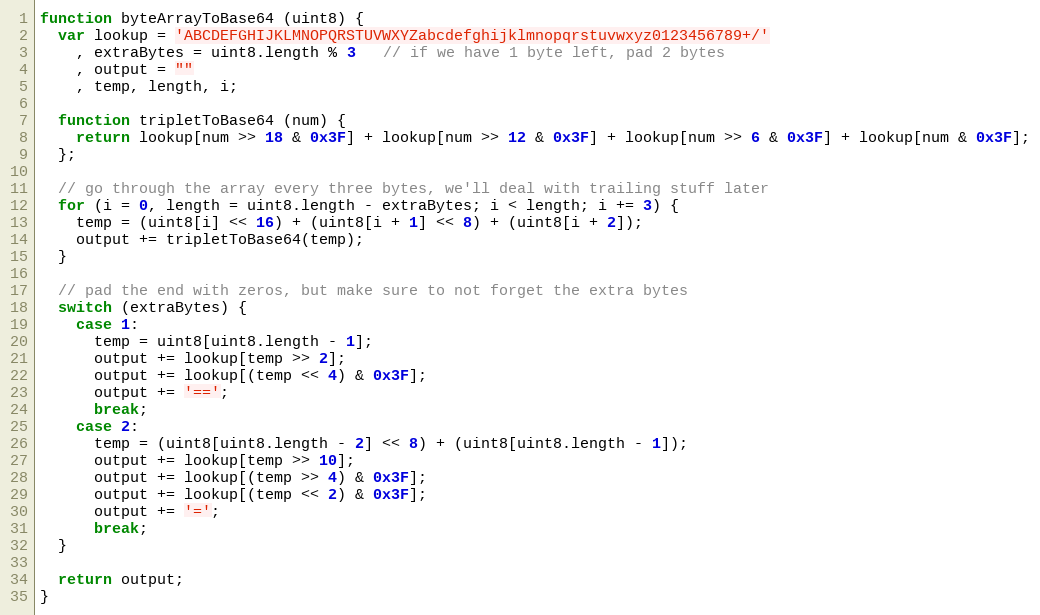
Language: JavaScript
function byteArrayToBase64 (uint8) {
  var lookup = 'ABCDEFGHIJKLMNOPQRSTUVWXYZabcdefghijklmnopqrstuvwxyz0123456789+/'
    , extraBytes = uint8.length % 3   // if we have 1 byte left, pad 2 bytes
    , output = ""
    , temp, length, i;

  function tripletToBase64 (num) {
    return lookup[num >> 18 & 0x3F] + lookup[num >> 12 & 0x3F] + lookup[num >> 6 & 0x3F] + lookup[num & 0x3F];
  };

  // go through the array every three bytes, we'll deal with trailing stuff later
  for (i = 0, length = uint8.length - extraBytes; i < length; i += 3) {
    temp = (uint8[i] << 16) + (uint8[i + 1] << 8) + (uint8[i + 2]);
    output += tripletToBase64(temp);
  }

  // pad the end with zeros, but make sure to not forget the extra bytes
  switch (extraBytes) {
    case 1:
      temp = uint8[uint8.length - 1];
      output += lookup[temp >> 2];
      output += lookup[(temp << 4) & 0x3F];
      output += '==';
      break;
    case 2:
      temp = (uint8[uint8.length - 2] << 8) + (uint8[uint8.length - 1]);
      output += lookup[temp >> 10];
      output += lookup[(temp >> 4) & 0x3F];
      output += lookup[(temp << 2) & 0x3F];
      output += '=';
      break;
  }

  return output;
}